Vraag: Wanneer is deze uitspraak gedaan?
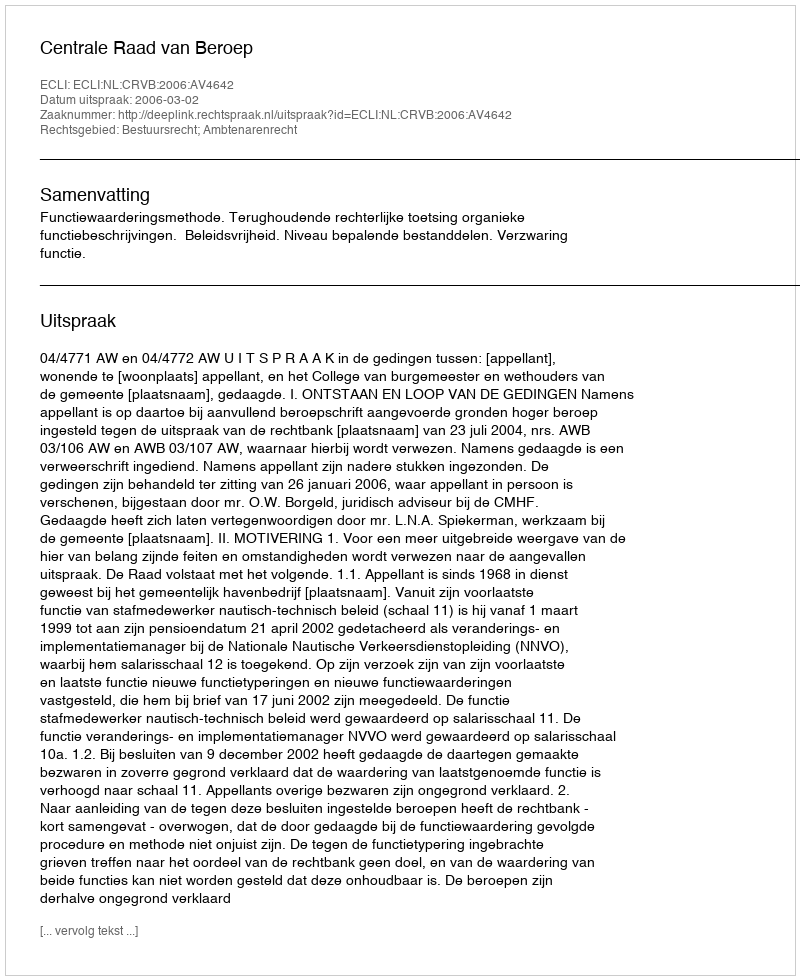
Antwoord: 2006-03-02